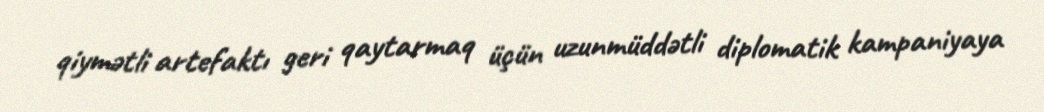
qiymətli artefaktı geri qaytarmaq üçün uzunmüddətli diplomatik kampaniyaya